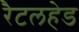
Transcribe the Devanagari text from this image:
रैटलहेड